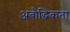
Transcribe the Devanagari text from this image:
अबौद्धिकता